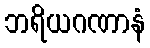
ဘရိယဂဏာနံ